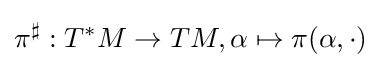
\pi ^{\sharp }:T^{*}M\to TM,\alpha \mapsto \pi (\alpha ,\cdot )